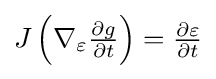
{\textstyle J\left(\nabla _{\varepsilon }{\frac {\partial g}{\partial t}}\right)={\frac {\partial \varepsilon }{\partial t}}}